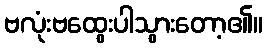
ဗလုံးဗထွေးပါသွားတော့၏။